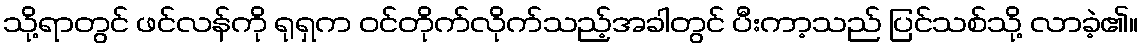
သို့ရာတွင် ဖင်လန်ကို ရုရှက ဝင်တိုက်လိုက်သည့်အခါတွင် ပီးကာ့သည် ပြင်သစ်သို့ လာခဲ့၏။